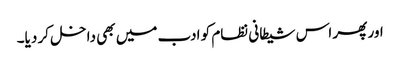
اور پھر اس شیطانی نظام کو ادب میں بھی داخل کر دیا۔